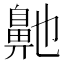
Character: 𮮶